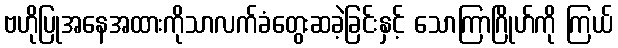
ဗဟိုပြုအနေအထားကိုသာလက်ခံတွေးဆခဲ့ခြင်းနှင့် သောကြာဂြိုဟ်ကို ကြယ်